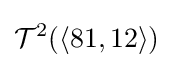
{\mathcal {T}}^{2}(\langle 81,12\rangle )